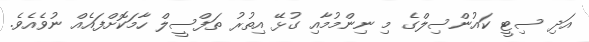
އަދި ސިޓީ ކައުންސިލްގެ މި ނިންމުމާއި ގުޅޭ އިތުރު ތަފްސީލް ހާމަކޮށްފައެއް ނުވެއެވެ.